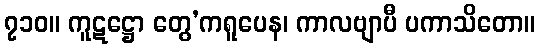
၇၁၀။ ကူဋဋ္ဌော တွေ’ကရူပေန၊ ကာလဗျာပီ ပကာသိတော။